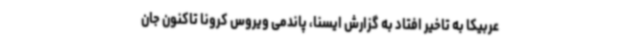
عربیکا به تاخیر افتاد به گزارش ایسنا، پاندمی ویروس کرونا تاکنون جان